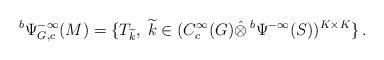
LaTeX: \begin{align*} {}^b \Psi^{-\infty}_{G,c}(M)=\{T_{\widetilde{k}},\; \widetilde{k}\in(C^\infty_c (G)\hat{\otimes}\, {}^b\Psi^{-\infty}(S))^{K\times K} \}\,.\end{align*}